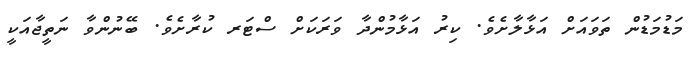
މަޑުމަޑުން ތަވައަށް އަޅާލާށެވެ. ކިރު އަޅާމުންދާ ވަރަކަށް ސްޓަރ ކުރާށެވެ. ބޭނުންވާ ނަތީޖާއަކީ